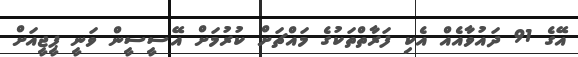
އޭގެ 91 ދައުވާއެއް އެކި ފަރާތްތަކުގެ މައްޗަށް ކުރުމަށް އޭސީސީން ވަނީ ޕީޖީއަށް